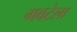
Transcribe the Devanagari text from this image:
गवटेला